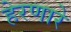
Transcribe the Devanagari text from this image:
हेरणारे